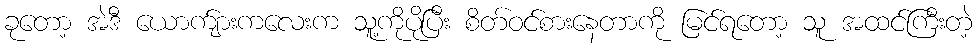
ခုတော့ အဲဒီ ယောက်ျားကလေးက သူ့ကိုပိုပြီး စိတ်ဝင်စားနေတာကို မြင်ရတော့ သူ အထင်ကြီးတဲ့